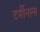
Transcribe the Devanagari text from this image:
टर्मीनल्स